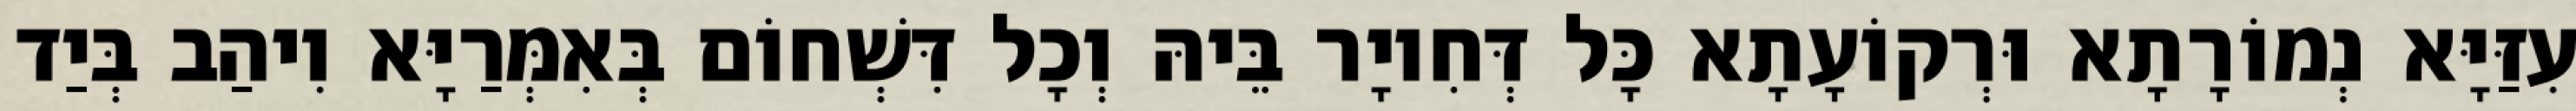
עִזַּיָּא נְמוֹרָתָא וּרְקוֹעָתָא כָּל דְּחִיוָר בֵּיהּ וְכָל דִּשְׁחוֹם בְּאִמְּרַיָּא וִיהַב בְּיַד